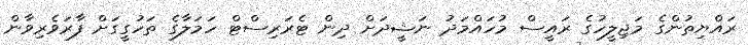
ރައްޔިތުންގެ މަޖިލީހުގެ ރައީސް މުހައްމަދު ނަޝީދަށް ދިން ޓެރަރިސްޓް ހަމަލާގެ ތަހުގީގަށް ފާރަވެރިވާން